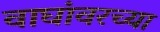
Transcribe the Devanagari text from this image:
वाघांवरच्या